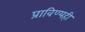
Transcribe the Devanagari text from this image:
प्राविण्यही